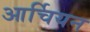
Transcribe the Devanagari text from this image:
आर्चियन